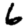
Digit: 6